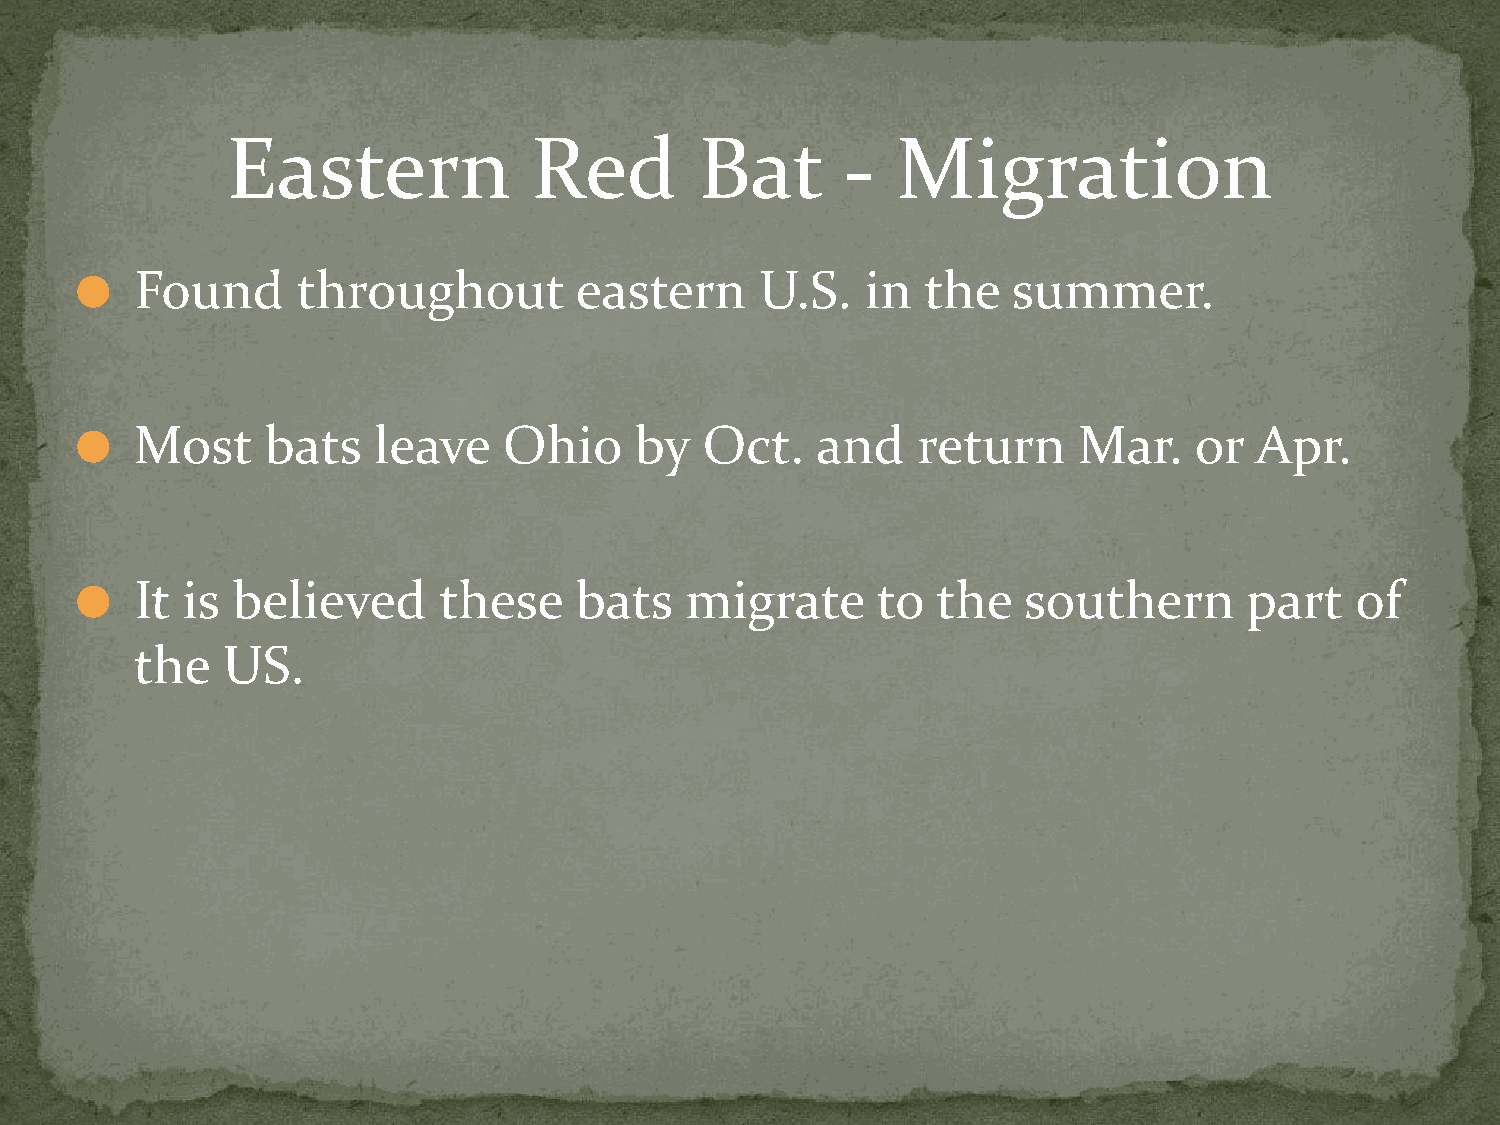
Eastern             Red        Bat       -  Migration
 Found      throughout        eastern     U.S.   in  the   summer.
 ⚫
 Most     bats   leave   Ohio     by   Oct.   and    return    Mar.    or  Apr.
 ⚫
 It is believed      these    bats   migrate      to  the   southern       part   of
 ⚫
 the   US.